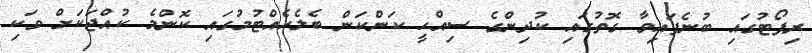
ރިޕޯޓުގައި ބުނެފައިވާ ގޮތުގައި ކުދިންގެ ސިއްޙީ ކަންކަން ބެލެހެއްޓުމުގައި ކޮންމެ ކުއްޖަކަށް ވަކި